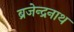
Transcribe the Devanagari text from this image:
ब्रजेन्द्रनाथ